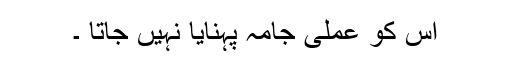
اس کو عملی جامہ پہنایا نہیں جاتا ۔